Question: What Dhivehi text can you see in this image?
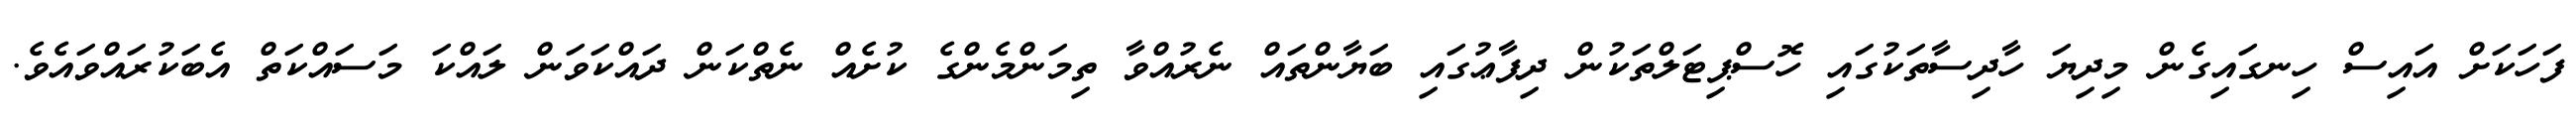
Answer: ފަހަކަށް އައިސް ހިނގައިގެން މިދިޔަ ހާދިސާތަކުގައި ހޮސްޕިޓަލްތަކުން ދިފާޢުގައި ބަޔާންތައް ނެރުއްވާ ތިމަންމެންގެ ކުށެއް ނެތްކަން ދައްކަވަން ލައްކަ މަސައްކަތް އެބަކުރައްވައެވެ.